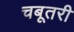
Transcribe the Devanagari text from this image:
चबूतरी